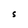
Character: S